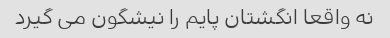
نه واقعا انگشتان پایم را نیشگون می گیرد